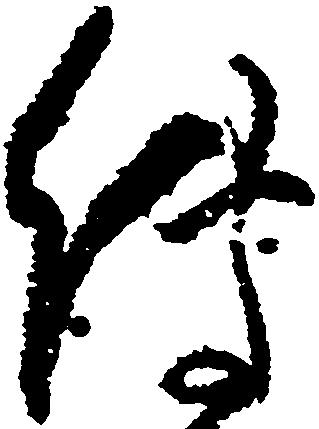
伝